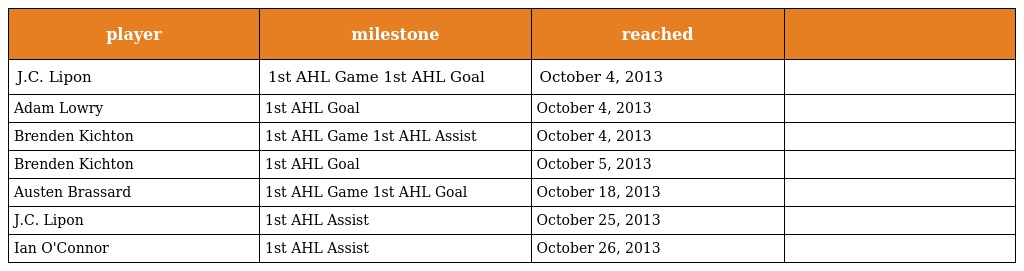
| player | milestone | reached |  |
 | --- | --- | --- | --- |
 | J.C. Lipon | 1st AHL Game 1st AHL Goal | October 4, 2013 |  |
 | Adam Lowry | 1st AHL Goal | October 4, 2013 |  |
 | Brenden Kichton | 1st AHL Game 1st AHL Assist | October 4, 2013 |  |
 | Brenden Kichton | 1st AHL Goal | October 5, 2013 |  |
 | Austen Brassard | 1st AHL Game 1st AHL Goal | October 18, 2013 |  |
 | J.C. Lipon | 1st AHL Assist | October 25, 2013 |  |
 | Ian O'Connor | 1st AHL Assist | October 26, 2013 |  |